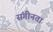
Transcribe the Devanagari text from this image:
संगीनता